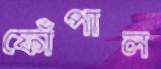
ফোঁপাল